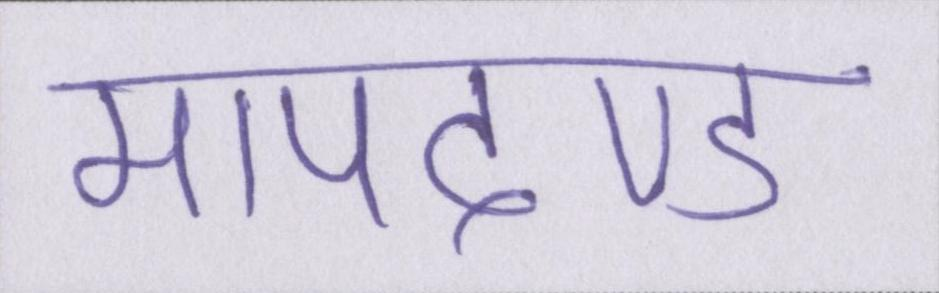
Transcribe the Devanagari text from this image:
मापदण्ड